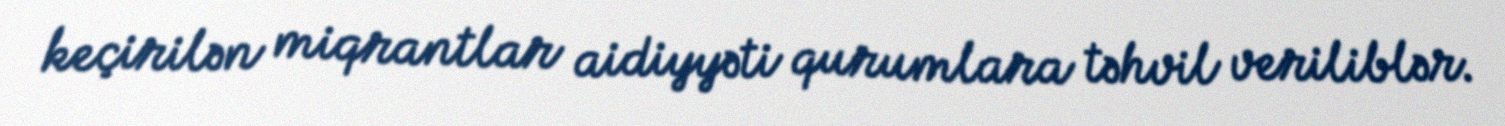
keçirilən miqrantlar aidiyyəti qurumlara təhvil veriliblər.